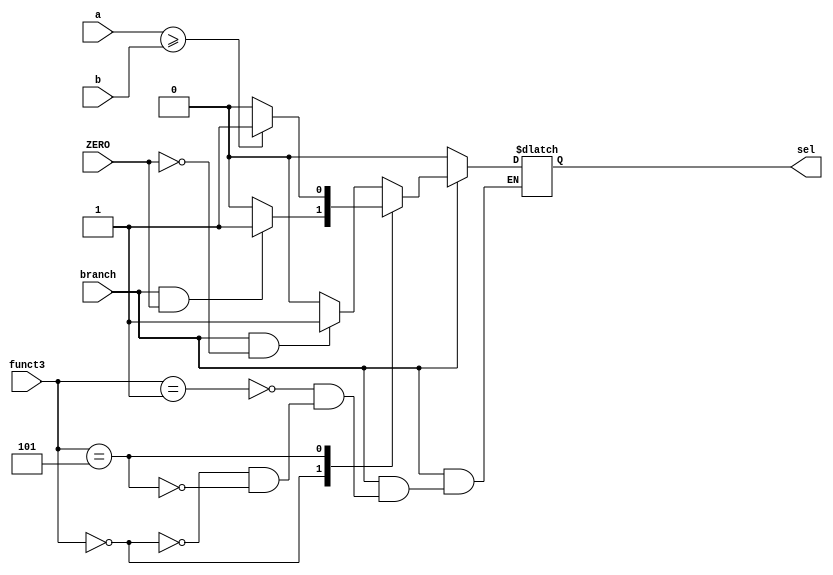
module selector(
    input branch, ZERO,
    input [63:0] a, b,
    input [2:0] funct3,
    output reg sel
);

always@(*)
begin
    if (branch == 1) 
        begin
            case(funct3)
            3'b001: //bne
            begin
                if(branch == 1 & ZERO == 0)
                    sel = 1;
                else
                    sel = 0;
            end
            3'b000: //beq
            begin
                if(branch == 1 & ZERO == 1)
                    sel = 1;
                else
                    sel = 0;
            end
            3'b101: //bge
            begin
                if (a >= b)
                    sel = 1;
                else
                    sel = 0;
            end
          endcase
        end
   else
	    sel = 0;
end
endmodule